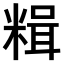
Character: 𫃇